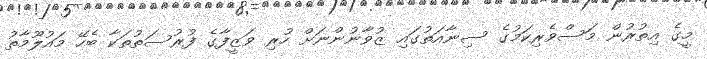
މީގެ އިތުރުން މަސްވެރިކަމުގެ ސިނާއަތުގައި ޒުވާނުންނަށް ހުރި ވަޒީފާގެ ފުރުސަތުތަކާ ބެހޭ މައުލޫމާތު